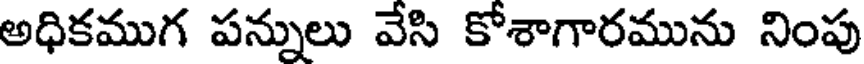
అధికముగ పన్నులు వేసి కోశాగారమును నింపు